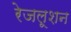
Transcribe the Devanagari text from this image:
रेजलूशन